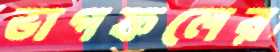
ভাগফলের